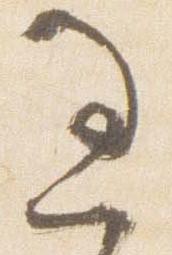
過